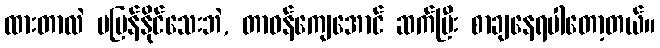
ထားတာလဲ မပြန်နိုင်သေးဘဲ, တာဝန်ကျေအောင် ဆက်ပြီး စာချနေရပါတော့တယ်။